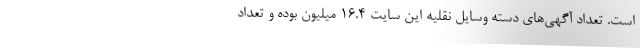
است. تعداد آگهی‌های دسته وسایل نقلیه این سایت ۱۶.۴ میلیون بوده و تعداد